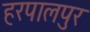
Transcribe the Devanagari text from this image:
हरपालपुर